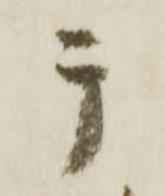
テ